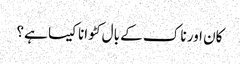
کان اور ناک کے بال کٹوانا کیسا ہے؟